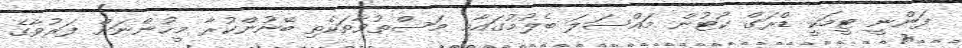
ފަންނީ ޓީމަކީ ޑްރަގް ކޯޓުން މައްސަލަ ބެލުމުގައާއި މަސްތުވާތަކެތި ބޭނުންކުރާ މީހުންނަށް ފަރުވާގެ